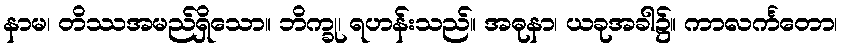
နာမ၊ တိဿအမည်ရှိသော။ ဘိက္ခု၊ ရဟန်းသည်။ အဓုနာ၊ ယခုအခါ၌။ ကာလင်္ကတော၊